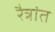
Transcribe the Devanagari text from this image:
रैत्रांत